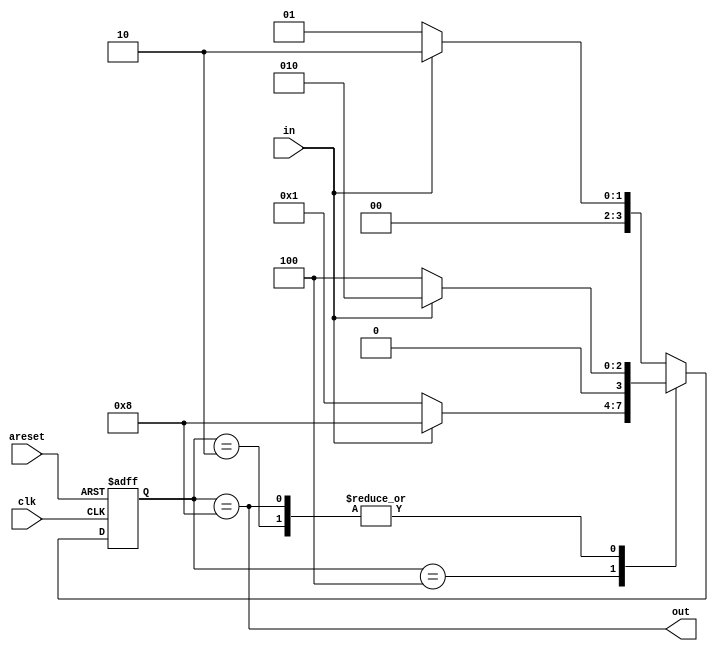
module top_module (
    input  clk,
    input  in,
    input  areset,
    output out
);  //

    reg [3:0] state_curr, state_next;

    parameter reg [3:0] A = 4'b0001, B = 4'b0010, C = 4'b0100, D = 4'b1000;
    // State transition logic
    always @(*) begin
        case (state_curr)
            A:       state_next = in ? B : A;
            B:       state_next = in ? B : C;
            C:       state_next = in ? D : A;
            D:       state_next = in ? B : C;
            default: state_next = in ? B : A;
        endcase
    end


    // State flip-flops with asynchronous reset
    always @(posedge clk or posedge areset) begin
        if (areset) begin
            state_curr <= A;
        end else begin
            state_curr <= state_next;
        end
    end

    // Output logic
    assign out = state_curr == D;
endmodule